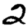
Digit: 2